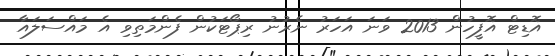
އޮޑިޓް އޮފީހުން 2013 ވަނަ އަހަރު ނެރުނު ރިޕޯޓަކުން ފެންމަތިވި އެ މައްސަލައާ